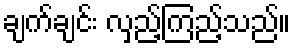
ချက်ချင်း လှည့်ကြည့်သည်။